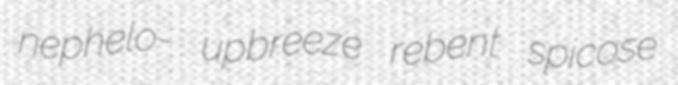
nephelo- upbreeze rebent spicose